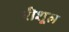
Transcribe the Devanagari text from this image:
रीशूल